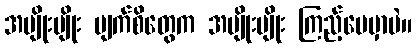
အမျိုးမျိုး မျက်စိတွေက အမျိုးမျိုး ကြည့်ပေမှာပဲ။